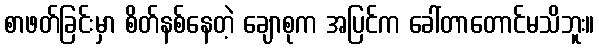
စာဖတ်ခြင်းမှာ စိတ်နစ်နေတဲ့ ချောစုက အပြင်က ခေါ်တာတောင်မသိဘူး။